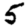
Digit: 5